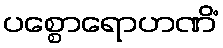
ပစ္စောရောဟဏိံ